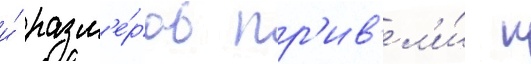
и́ разм'е́ров пр'ив'ел'и́ к